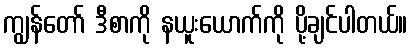
ကျွန်တော် ဒီစာကို နယူးယောက်ကို ပို့ချင်ပါတယ်။